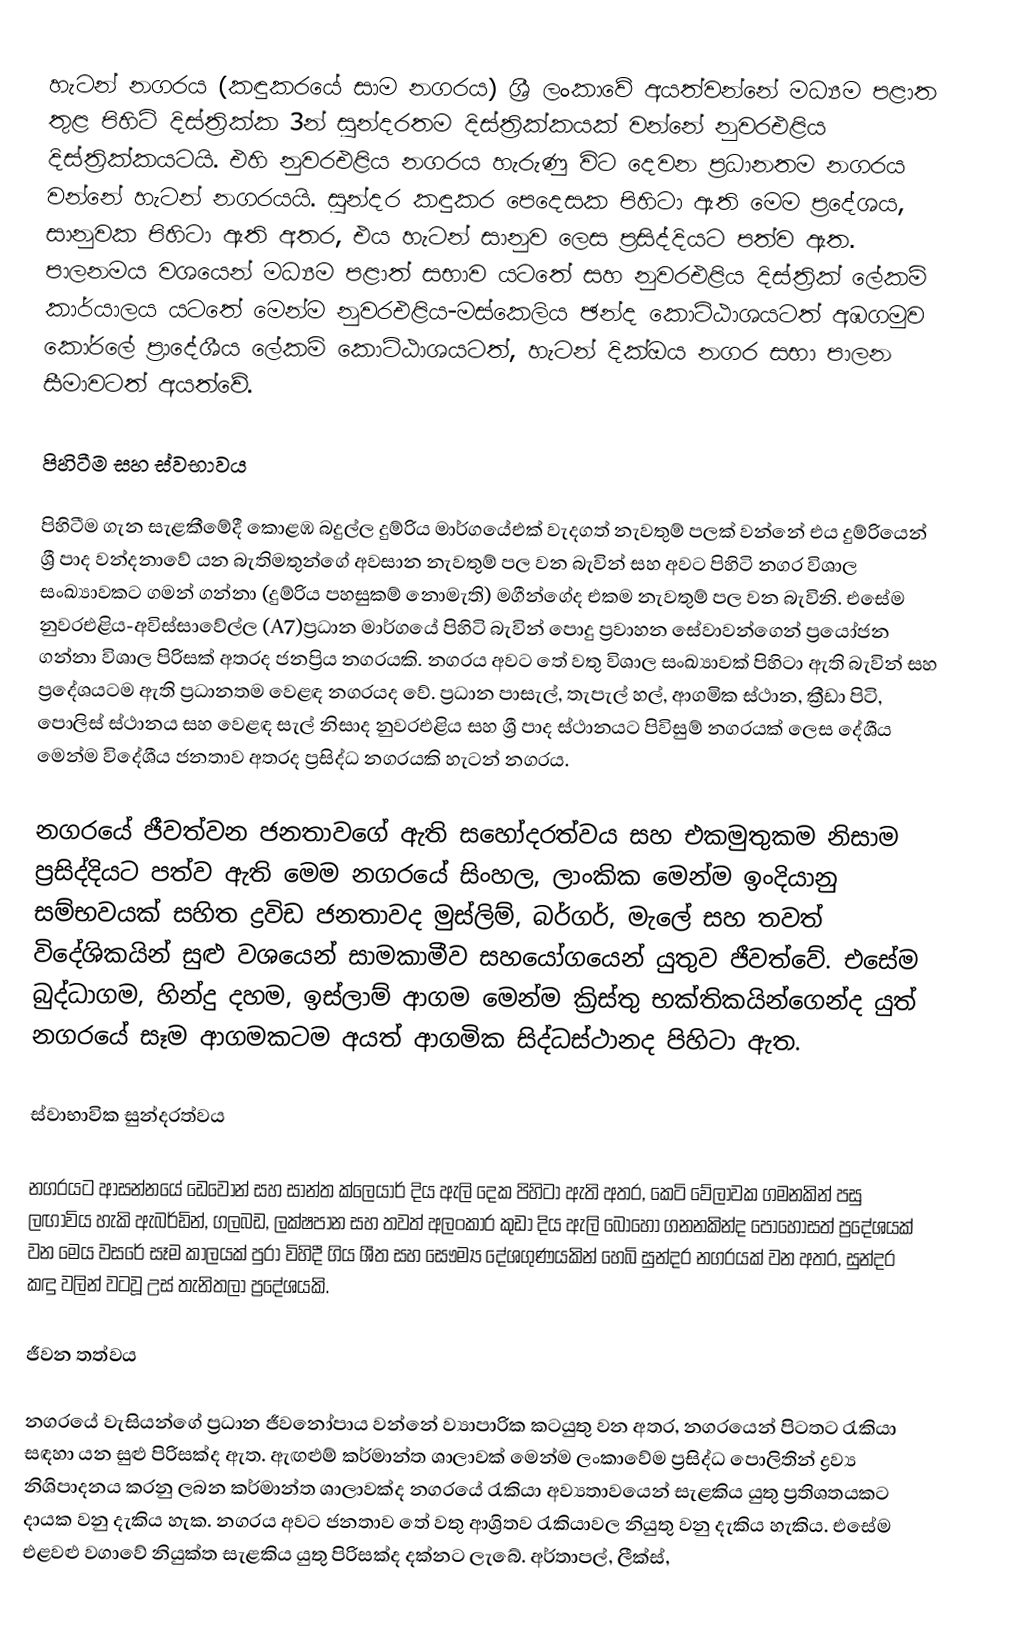
හැටන් නගරය (කඳුකරයේ සාම නගරය) ශ්‍රී ලංකාවේ අයත්වන්නේ මධ්‍යම පළාත තුළ පිහිටි දිස්ත්‍රික්ක 3න් සුන්දරතම දිස්ත්‍රික්කයක් වන්නේ නුවරඑළිය දිස්ත්‍රික්කයටයි. එහි නුවරඑළිය නගරය හැරුණු විට දෙවන ප්‍රධානතම නගරය වන්නේ හැටන් නගරයයි. සුන්දර කඳුකර පෙදෙසක පිහිටා ඇති ‍‍මෙම ප්‍රදේශය, සානුවක පිහිටා ඇති අතර, එය හැටන් සානුව ලෙස ප්‍රසිද්දියට පත්ව ඇත. පාලනමය වශයෙන් මධ්‍යම පළාත් සභාව යටතේ සහ නුවරඑළිය දිස්ත්‍රික් ලේකම් කාර්යාලය යටතේ මෙන්ම නුවරඑළිය-මස්කෙලිය ඡන්ද කොට්ඨාශයටත් අඹගමුව කෝරලේ ප්‍රාදේශීය ලේකම් කොට්ඨාශයටත්, හැටන් දික්ඔය නගර සභා පාලන සීමාවටත් අයත්වේ.

පිහිටීම සහ ස්වභාවය

පිහිටීම ගැන සැළකීමේදී කොළඹ බදුල්ල දුම්රිය මාර්ගයේඑක් වැදගත් නැවතුම් පලක් වන්නේ එය දුම්රියෙන් ශ්‍රී පාද වන්දනාවේ යන බැතිමතුන්ගේ අවසාන නැවතුම් පල වන බැවින් සහ අවට පිහිටි නගර විශාල සංඛ්‍යාවකට ගමන් ගන්නා (දුම්රිය පහසුකම් නොමැති) මගීන්ගේද එකම නැවතුම් පල වන බැවිනි. එසේම නුවරඑළිය-අවිස්සාවේල්ල (A7)ප්‍රධාන මාර්ගයේ පිහිටි බැවින් පොදු ප්‍රවාහන  සේවාවන්ගෙන් ප්‍රයෝජන ගන්නා විශාල පිරිසක් අතරද ජනප්‍රිය නගරයකි. නගරය අවට තේ වතු විශාල සංඛ්‍යාවක් පිහිටා ඇති බැවින් සහ ප්‍රදේශයටම ඇති ප්‍රධානතම වෙළඳ නගරයද වේ. ප්‍රධාන පාසැල්, තැපැල් හල්, ආගමික ස්ථාන, ක්‍රීඩා පිටි, පොලිස් ස්ථානය සහ වෙළඳ සැල් නිසාද නුවරඑළිය සහ ශ්‍රී පාද ස්ථානයට පිවිසුම් නගරයක් ලෙස දේශීය මෙන්ම විදේශීය ජනතාව අතරද ප්‍රසිද්ධ නගරයකි හැටන් නගරය.

නගරයේ ජීවත්වන ජනතාවගේ ඇති සහෝදරත්වය සහ එකමුතුකම නිසාම ප්‍රසිද්දියට පත්ව ඇති මෙම නගරයේ සිංහල, ලාංකික මෙන්ම ඉංදියානු සම්භවයක් සහිත ද්‍රවිඩ ජනතාවද මුස්ලිම්, බර්ගර්, මැලේ සහ තවත් විදේශිකයින් සුළු වශයෙන් සාමකාමීව සහයෝගයෙන් යුතුව ජීවත්වේ. එසේම බුද්ධාගම, හින්දු දහම, ඉස්ලාම් ආගම මෙන්ම ක්‍රිස්තු භක්තිකයින්ගෙන්ද යුත් නගරයේ සෑම ආගමකටම අයත් ආගමික සිද්ධස්ථානද පිහිටා ඇත.

ස්වාභාවික සුන්දරත්වය

නගරයට ආසන්නයේ ඩෙවෝන් සහ සාන්ත ක්ලෙයාර් දිය ඇලි දෙක පිහිටා ඇති අතර, කෙටි වේලාවක ගමනකින් පසු ලඟාවිය හැකි ඇබර්ඩින්, ගලබඩ, ලක්ෂපාන සහ තවත් අලංකාර කුඩා දිය ඇලි බොහෝ ගනනකින්ද පොහොසත් ප්‍රදේශයක් වන මෙය වසරේ සෑම කාලයක් පුරා විහිදී ගිය ශීත සහ සෞම්‍ය දේශගුණයකින් හෙබි සුන්දර නගරයක් වන අතර, සුන්දර කඳු වලින් වටවූ උස් තැනිතලා ප්‍රදේශයකි.

ජීවන තත්වය

නගරයේ වැසියන්ගේ ප්‍රධාන ජීවනෝපාය වන්නේ ව්‍යාපාරික කටයුතු වන අතර, නගරයෙන් පිටතට රැකියා සඳහා යන සුළු පිරිසක්ද ඇත. ඇඟළුම් කර්මාන්ත ශාලාවක් මෙන්ම ලංකාවේම ප්‍රසිද්ධ පොලිතින් ද්‍රව්‍ය නිශිපාදනය කරනු ලබන කර්මාන්ත ශාලාවක්ද නගරයේ රැකියා අව්‍යතාවයෙන් සැළකිය යුතු ප්‍රතිශතයකට දායක වනු දැකිය හැක. නගරය අවට ජනතාව තේ වතු ආශ්‍රිතව රැකියාවල නියුතු වනු දැකිය හැකිය. එසේම එළවළු වගාවේ නියුක්ත සැළකිය යුතු පිරිසක්ද දක්නට ලැබේ. අර්තාපල්, ලීක්ස්,